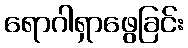
ရောဂါရှာဖွေခြင်း